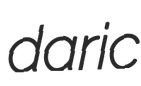
daric